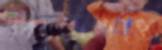
বিনয়ভক্তি